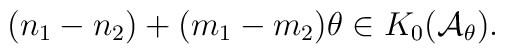
(n_{1}-n_{2})+(m_{1}-m_{2})\theta \in K_{0}({\mathcal{A}}_{\theta }).